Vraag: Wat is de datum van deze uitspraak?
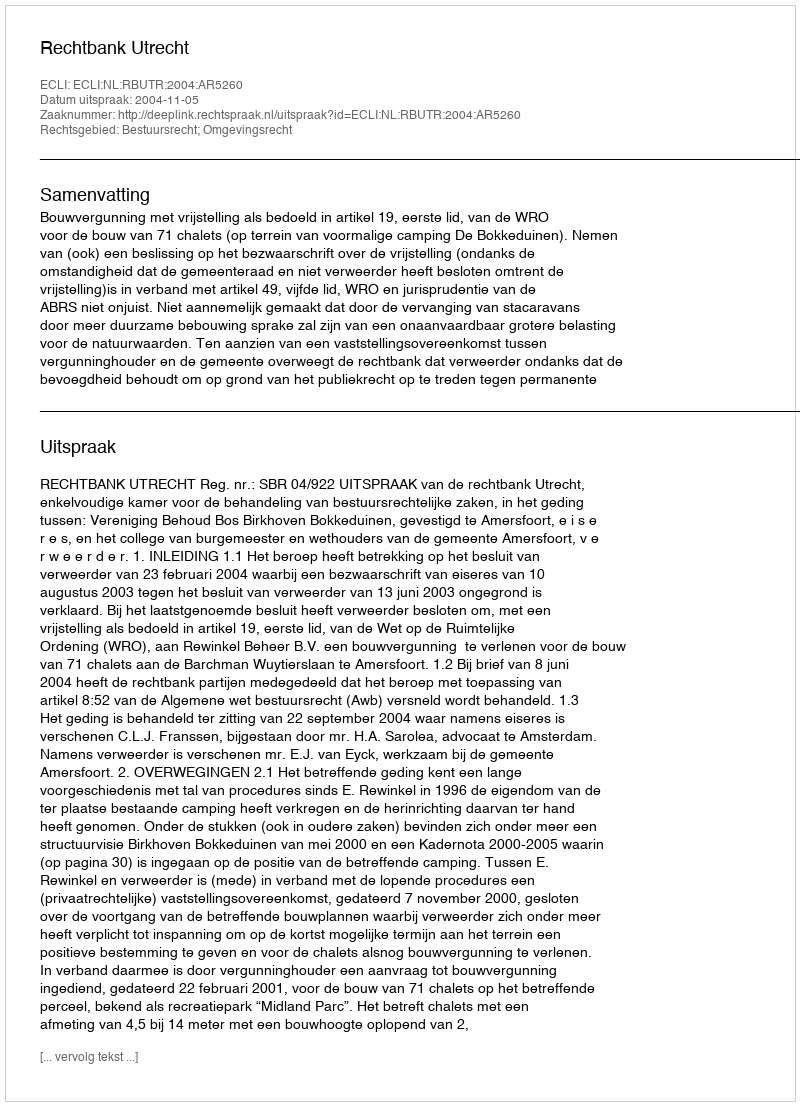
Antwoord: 2004-11-05